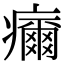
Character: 𤻞